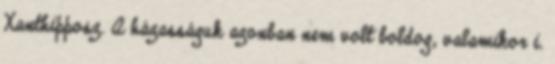
Xanthipposz. A házasságuk azonban nem volt boldog, valamikor i.